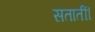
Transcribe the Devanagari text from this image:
सतातीं।